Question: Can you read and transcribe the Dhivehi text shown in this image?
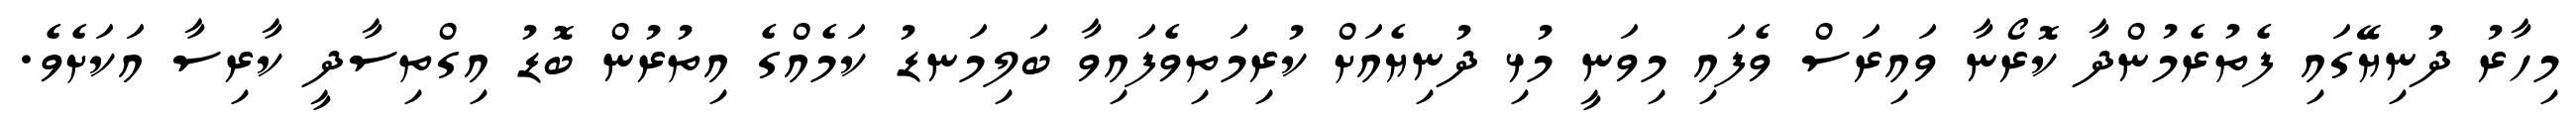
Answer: މިހާރު ދުނިޔޭގައި ފެތުރެމުންދާ ކޮރޯނާ ވައިރަސް ވެފައި މިވަނީ މުޅި ދުނިޔެއަށް ކުރިމަތިވެފައިވާ ބަލިމަނޑު ކަމެއްގެ އިތުރުން ބޮޑު އިގްތިސާދީ ކާރިސާ އަކަށެވެ.